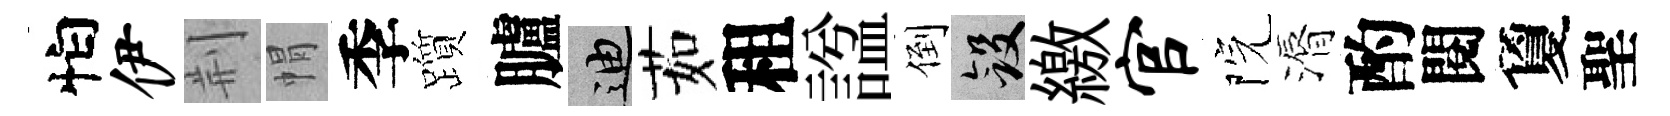
怕伊荆㡌季躓臚迪茹租諡倒斂繳官院漘酌閱夐聖